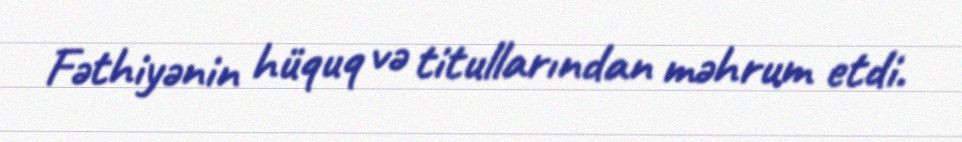
Fəthiyənin hüquq və titullarından məhrum etdi.